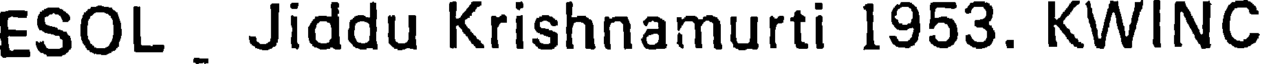
ESOL . Jiddu Krishnamurti 1953. KWINC